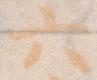
六